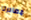
مصادرنا